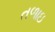
તળાઇ